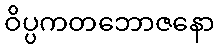
ဝိပ္ပကတဘောဇနော